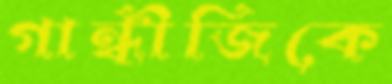
গান্ধীজিকে